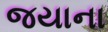
જયાના